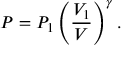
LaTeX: P = P _ { 1 } \left( { \frac { V _ { 1 } } { V } } \right) ^ { \gamma } .